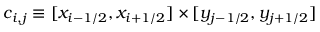
c _ { i , j } \equiv [ x _ { i - 1 / 2 } , x _ { i + 1 / 2 } ] \times [ y _ { j - 1 / 2 } , y _ { j + 1 / 2 } ]